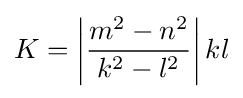
K=\left|{\frac {m^{2}-n^{2}}{k^{2}-l^{2}}}\right|kl